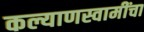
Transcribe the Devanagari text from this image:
कल्याणस्वामींचा